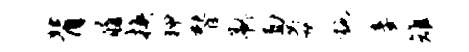
背履换狎替矜面氤施妾雉